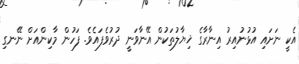
އެކީ ނަށައި އުޅުނުއިރު އިނާރާގެ ޚިޔާލުތަކުން އޭނާވަނީ ދުރުވެފައެވެ. ފަހުން މާކިންއަށް ނޭނގި